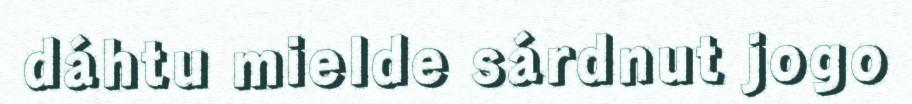
dáhtu mielde sárdnut jogo